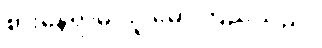
စားနေရာမှ သူ မော်ကြည့်သည်။